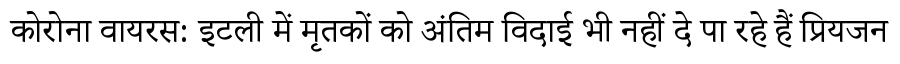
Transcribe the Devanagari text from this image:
कोरोना वायरस: इटली में मृतकों को अंतिम विदाई भी नहीं दे पा रहे हैं प्रियजन